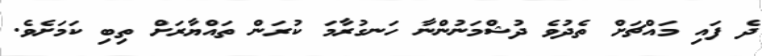
ދެ ފައި މައްޗަށް ތެދުވެ ދުޝްމަނުންނާ ހަނގުރާމަ ކުރަން ތައްޔާރަށް ތިބި ކަމަށެވެ.